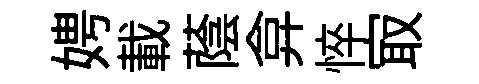
娉載蔭弇悴㝡